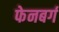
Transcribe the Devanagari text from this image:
फेनबर्ग